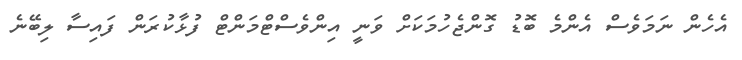
އެހެން ނަމަވެސް އެންމެ ބޮޑު ގޮންޖެހުމަކަށް ވަނީ އިންވެސްޓްމަންޓް ފުޅާކުރަން ފައިސާ ލިބޭނެ